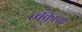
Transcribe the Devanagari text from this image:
त्वंकृत्य